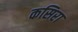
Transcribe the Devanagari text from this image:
कसिरा